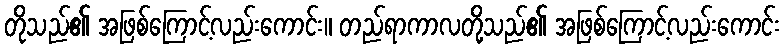
တိုသည်၏ အဖြစ်ကြောင့်လည်းကောင်း။ တည်ရာကာလတို့သည်၏ အဖြစ်ကြောင့်လည်းကောင်း